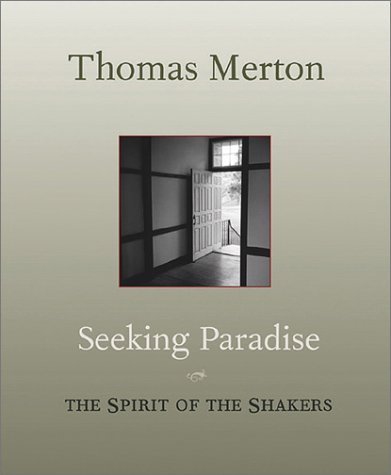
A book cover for Seeking Paradise: The Spirit of the Shakers; Thomas Merton; Christian Books & Bibles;